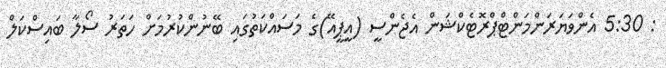
: 5:30 އެންވަޔަރަންމަންޓްޕްރޮޓެކްޝަން އެޖެންސީ (އީޕީއޭ)ގެ މަސައްކަތުގައި ބޭނުންކުރުމަށް ހަތަރު ސޯލާ ބައިސްކަލް